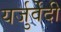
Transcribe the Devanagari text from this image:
यर्जुर्वेेदी